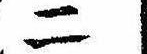
二